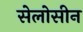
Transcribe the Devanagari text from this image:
सेलोसीन